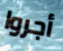
أجروا